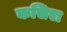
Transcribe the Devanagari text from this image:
कसिरा